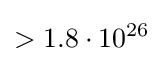
>1.8\cdot 10^{26}